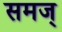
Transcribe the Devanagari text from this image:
समज्